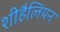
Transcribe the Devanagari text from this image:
शीहैलियन